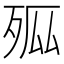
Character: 𭮊